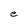
Character: e